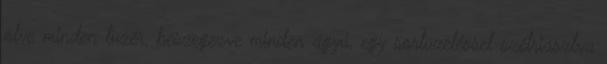
ölve minden tüzér, beszegezve minden ágyú, egy sortüzeléssel szétriasztva